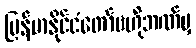
မြန်မာနိုင်ငံတော်ဗဟိုဘဏ်မှ